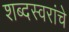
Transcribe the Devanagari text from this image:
शब्दस्वरांचे